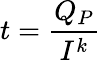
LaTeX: t={\frac{Q_{P}}{I^{k}}}